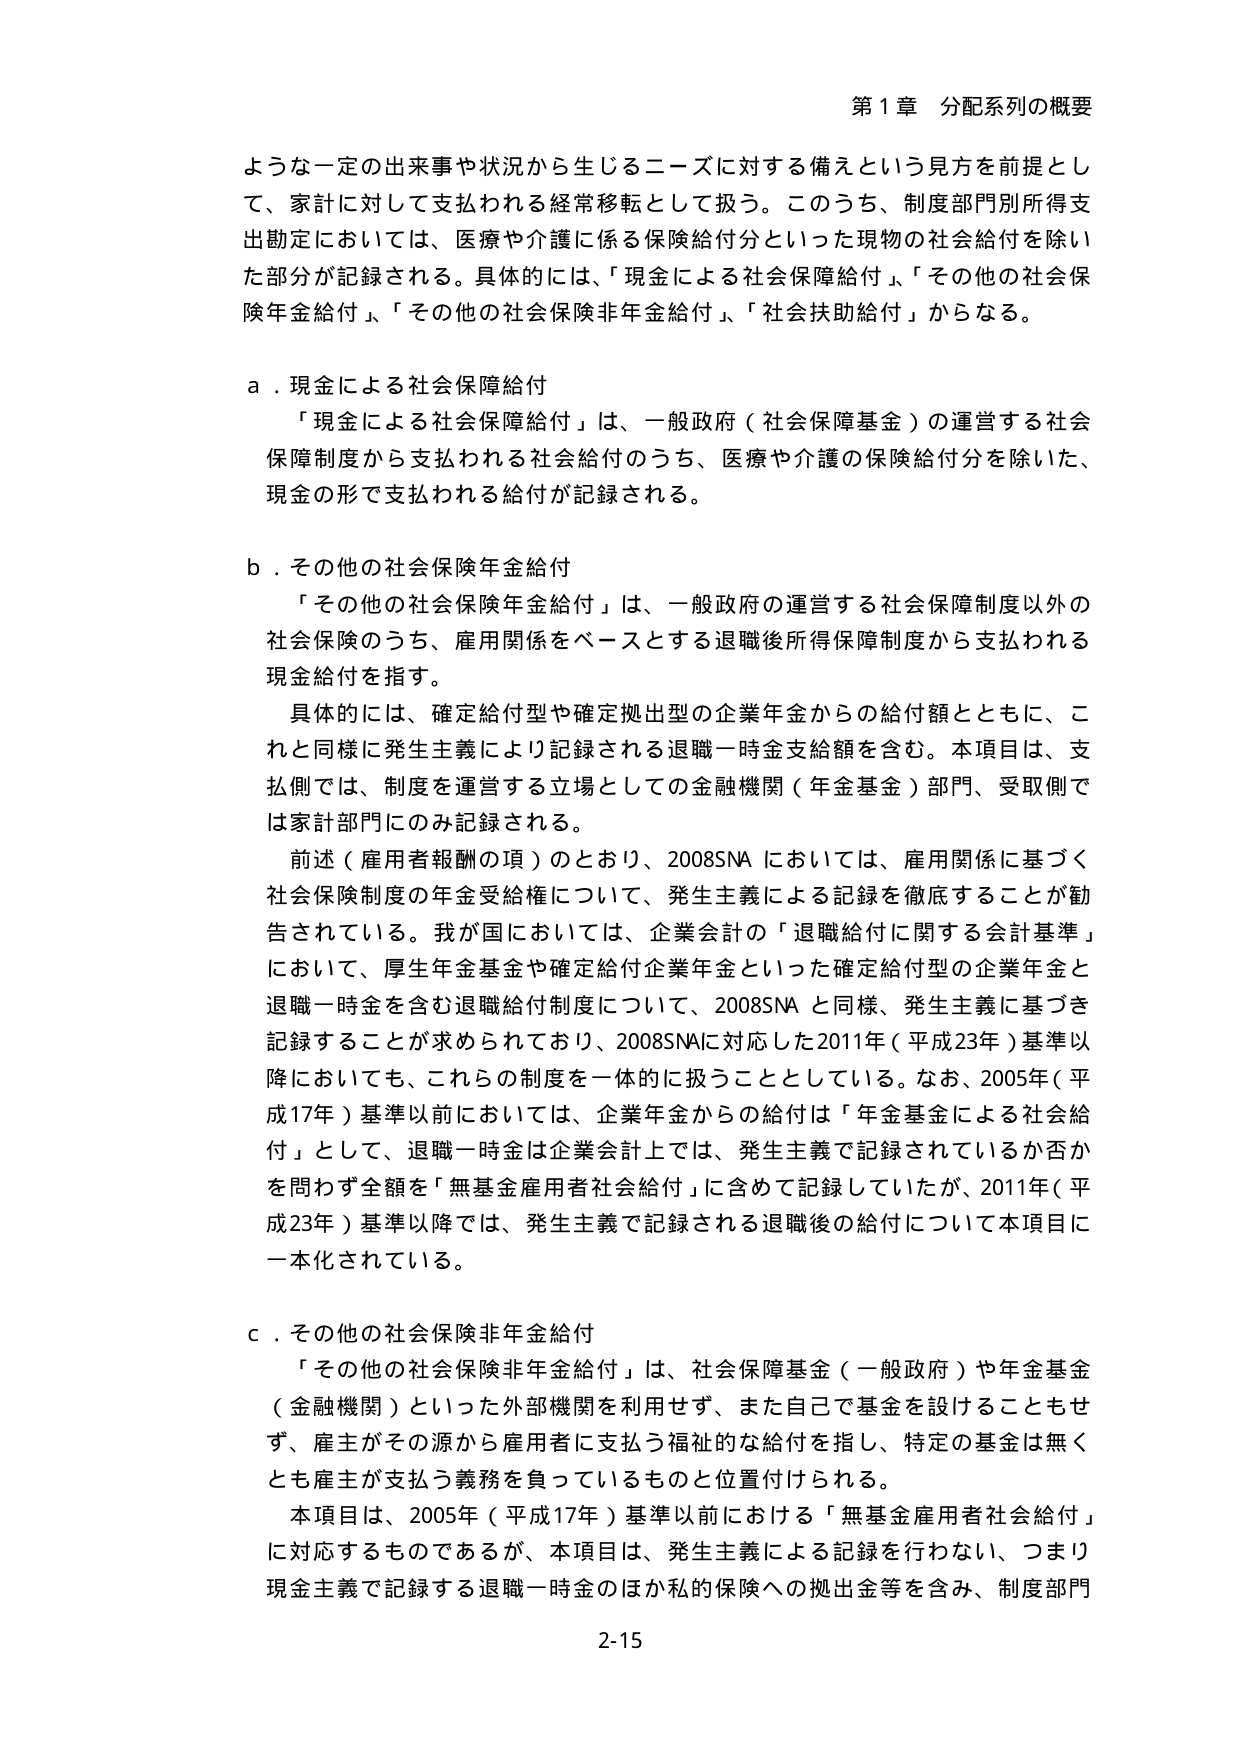
第1章 分配系列の概要

ような一定の出来事や状況から生じるニーズに対する備えという見方を前提として、家計に対して支払われる経常移転として扱う。このうち、制度部門別所得支出勘定においては、医療や介護に係る保険給付分といった現物の社会給付を除いた部分が記録される。具体的には、「現金による社会保障給付」、「その他の社会保険年金給付」、「その他の社会保険非年金給付」、「社会扶助給付」からなる。

a．現金による社会保障給付
「現金による社会保障給付」は、一般政府（社会保障基金）の運営する社会保障制度から支払われる社会給付のうち、医療や介護の保険給付分を除いた、現金の形で支払われる給付が記録される。

b．その他の社会保険年金給付
「その他の社会保険年金給付」は、一般政府の運営する社会保障制度以外の社会保険のうち、雇用関係をベースとする退職後所得保障制度から支払われる現金給付を指す。
具体的には、確定給付型や確定拠出型の企業年金からの給付額とともに、これと同様に発生主義により記録される退職一時金支給額を含む。本項目は、支払側では、制度を運営する立場としての金融機関（年金基金）部門、受取側では家計部門にのみ記録される。
前述（雇用者報酬の項）のとおり、2008SNAにおいては、雇用関係に基づく社会保険制度の年金受給権について、発生主義による記録を徹底することが勧告されている。我が国においては、企業会計の「退職給付に関する会計基準」において、厚生年金基金や確定給付企業年金といった確定給付型の企業年金と退職一時金を含む退職給付制度について、2008SNAと同様、発生主義に基づき記録することが求められており、2008SNAに対応した2011年（平成23年）基準以降においても、これらの制度を一体的に扱うこととしている。なお、2005年（平成17年）基準以前においては、企業年金からの給付は「年金基金による社会給付」として、退職一時金は企業会計上では、発生主義で記録されているか否かを問わず全額を「無基金雇用者社会給付」に含めて記録していたが、2011年（平成23年）基準以降では、発生主義で記録される退職後の給付について本項目に一本化されている。

c．その他の社会保険非年金給付
「その他の社会保険非年金給付」は、社会保障基金（一般政府）や年金基金（金融機関）といった外部機関を利用せず、また自己で基金を設けることもせず、雇主がその源から雇用者に支払う福祉的な給付を指し、特定の基金は無くとも雇主が支払う義務を負っているものと位置付けられる。
本項目は、2005年（平成17年）基準以前における「無基金雇用者社会給付」に対応するものであるが、本項目は、発生主義による記録を行わない、つまり現金主義で記録する退職一時金のほか私的保険への拠出金等を含み、制度部門

2-15